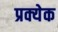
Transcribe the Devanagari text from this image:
प्रक्येक